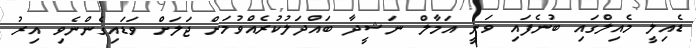
ޑެއިލީ މެއިލްގައި ބުނެފައި ވަނީ އަމާލް ނަޝީދާ ބައްދަލުކުރެއްވުމަށް ޖަލަށް ވަޑައިގެންނެވި އިރު